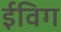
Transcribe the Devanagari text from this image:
ईविग